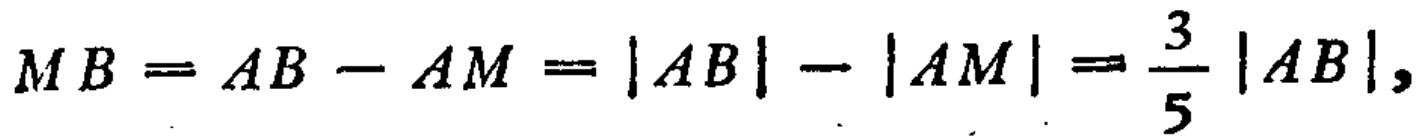
\[
MB = AB - AM = |AB| - |AM| = \frac{3}{5}|AB|,
\]